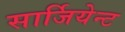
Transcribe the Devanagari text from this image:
सार्जियेन्ट